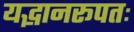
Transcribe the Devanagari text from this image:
यद्भानरूपतः